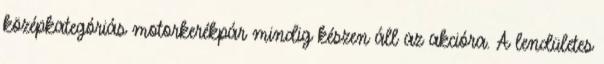
középkategóriás motorkerékpár mindig készen áll az akcióra. A lendületes